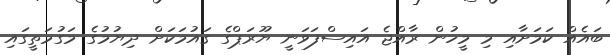
ބައެއް ކަމަށާއި މި މީހުން ރާއްޖެ އައިސްފަވަނީ ޔޫރަޕްގެ ގައުމަކަށް ދިޔުމުގެ މަގުމަތީގައި